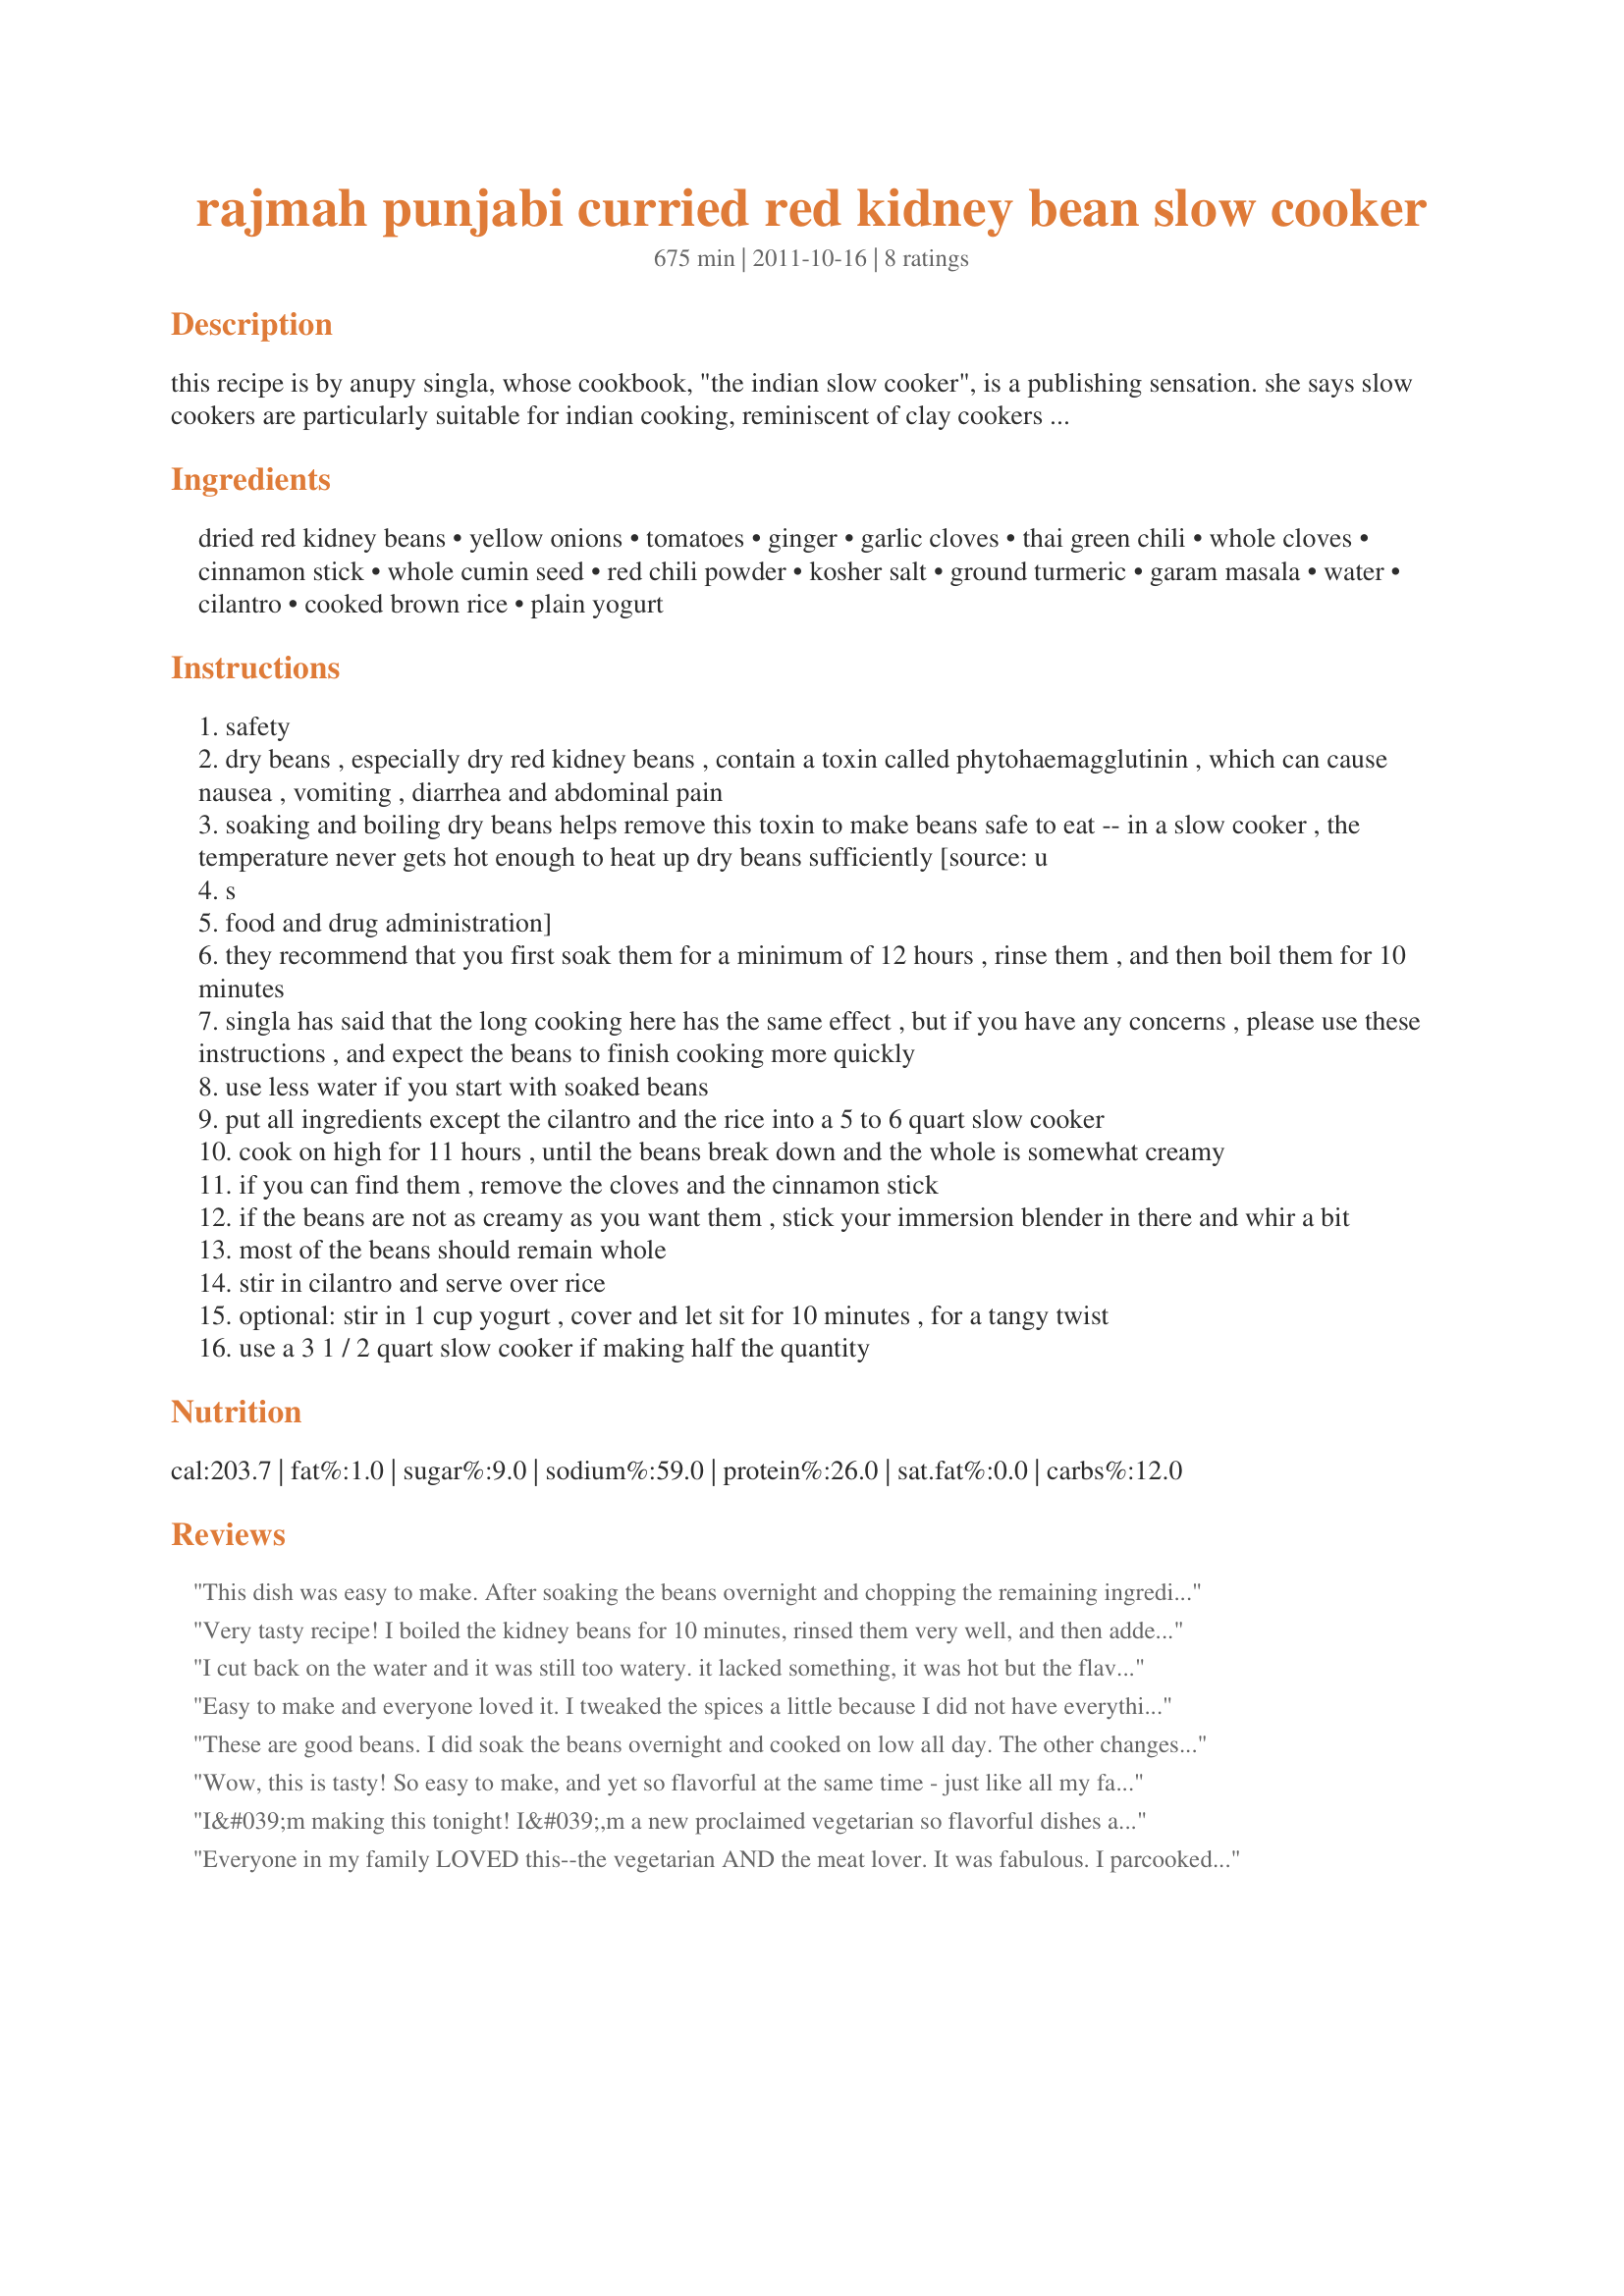
rajmah punjabi curried red kidney bean slow cooker
Preparation time: 675 minutes

this recipe is by anupy singla, whose cookbook, "the indian slow cooker", is a publishing sensation. she says slow cookers are particularly suitable for indian cooking, reminiscent of clay cookers that would have been used for village cooking. this recipe is a traditional and classic north indian dish that you would find in every home, but not in restaurants. comfort food for punjabis, this is the dish her family requests the most.

Ingredients:
dried red kidney beans, yellow onions, tomatoes, ginger, garlic cloves, thai green chili, whole cloves, cinnamon stick, whole cumin seed, red chili powder, kosher salt, ground turmeric, garam masala, water, cilantro, cooked brown rice, plain yogurt

Steps:
safety
dry beans , especially dry red kidney beans , contain a toxin called phytohaemagglutinin , which can cause nausea , vomiting , diarrhea and abdominal pain
soaking and boiling dry beans helps remove this toxin to make beans safe to eat -- in a slow cooker , the temperature never gets hot enough to heat up dry beans sufficiently [source: u
s
food and drug administration]
they recommend that you first soak them for a minimum of 12 hours , rinse them , and then boil them for 10 minutes
singla has said that the long cooking here has the same effect , but if you have any concerns , please use these instructions , and expect the beans to finish cooking more quickly
use less water if you start with soaked beans
put all ingredients except the cilantro and the rice into a 5 to 6 quart slow cooker
cook on high for 11 hours , until the beans break down and the whole is somewhat creamy
if you can find them , remove the cloves and the cinnamon stick
if the beans are not as creamy as you want them , stick your immersion blender in there and whir a bit
most of the beans should remain whole
stir in cilantro and serve over rice
optional: stir in 1 cup yogurt , cover and let sit for 10 minutes , for a tangy twist
use a 3 1 / 2 quart slow cooker if making half the quantity

Reviews:
This dish was easy to make. After soaking the beans overnight and chopping the remaining ingredients, I liked that I only had to dump everything in the slow cooker in the morning and then go about my day (I did not boil the beans). I used 4 Serrano peppers and would probably use 5 or 6 next time. I cooked on high for over 11 hours. Like other reviewers mentioned, it was way too watery even after 11 hours of cooking and looked more like soup. We had to use the immersion blender to get it to a consistency that resembled another reviewers picture. The flavor was nice and I did enjoy the yogurt stirred into my individual serving. We served over basmati rice. Made for Rookie Tag Spring 2013.
Very tasty recipe! I boiled the kidney beans for 10 minutes, rinsed them very well, and then added them to my slow cooker with 9 cups of water. Next time, I would only add 8 cups of water. Additionally, I found it a little too salty, so I would reduce the salt by 1/2 tbsp. Thanks!
I cut back on the water and it was still too watery. it lacked something, it was hot but the flavour wasn’t what I was hoping for.
Easy to make and everyone loved it. I tweaked the spices a little because I did not have everything they listed and it still work out fine. Making again to night!
These are good beans. I did soak the beans overnight and cooked on low all day. The other changes I made was using ground cinnamon and ground cumin and skipping the garam masala.
Wow, this is tasty! So easy to make, and yet so flavorful at the same time - just like all my favorite Indian food. I cooked this in the crock pot overnight, and when I woke up the whole place smelled incredible. I almost wanted to eat it for breakfast, but I waited :P I did add the yogurt before serving, and I definitely wouldn't leave it out in the future. I also pureed the stew quite a bit, and it created a super-creamy sauce. I'm so glad I still have some leftovers in the freezer! [Made and reviewed for Please Review My Recipe]
I&#039;m making this tonight! I&#039;,m a new proclaimed vegetarian so flavorful dishes are so suitable for my taste preference! It&#039;s smells so strong in the house, part of me thinks I overdid the spices but I just followed the instructions. I decided to soak the beans they grew much larger in size.. way more than three cups .. but I &#039;m probably gonna cook it for 6 hours.. or just give it the whole time.. we&#039;ll see. I added only 5 cups.. I really didn&#039;t want it to turn watery! adn probably will blend one cup of it as well! Can&#039;t wait to savor this.. Would love to master Indian cooking. Love all the flavors! Namaste, friends!
Everyone in my family LOVED this--the vegetarian AND the meat lover. It was fabulous. I parcooked the beans as suggested, and used ground spices like another commenter did. Used sweet curry powder in place of garam masala. Only change I would make would be to use slightly less water next time for a thicker consistency. Served over brown rice. SO good and SO easy. Used 2 large jalapenos for the peppers.
